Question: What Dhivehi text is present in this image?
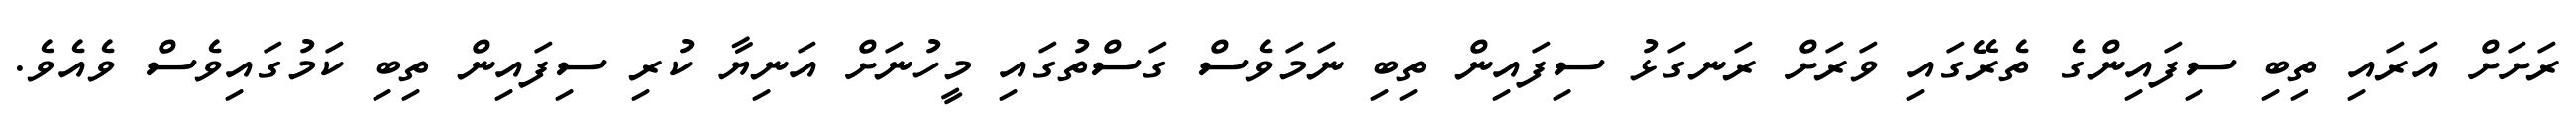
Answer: ރަށަށް އަރައި ތިބި ސިފައިންގެ ތެރޭގައި ވަރަށް ރަނގަޅު ސިފައިން ތިބި ނަމަވެސް ގަސްތުގައި މީހުނަށް އަނިޔާ ކުރި ސިފައިން ތިބި ކަމުގައިވެސް ވެއެވެ.